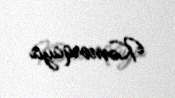
Kəmərqaya